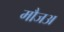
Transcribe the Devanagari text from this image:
मौजअ